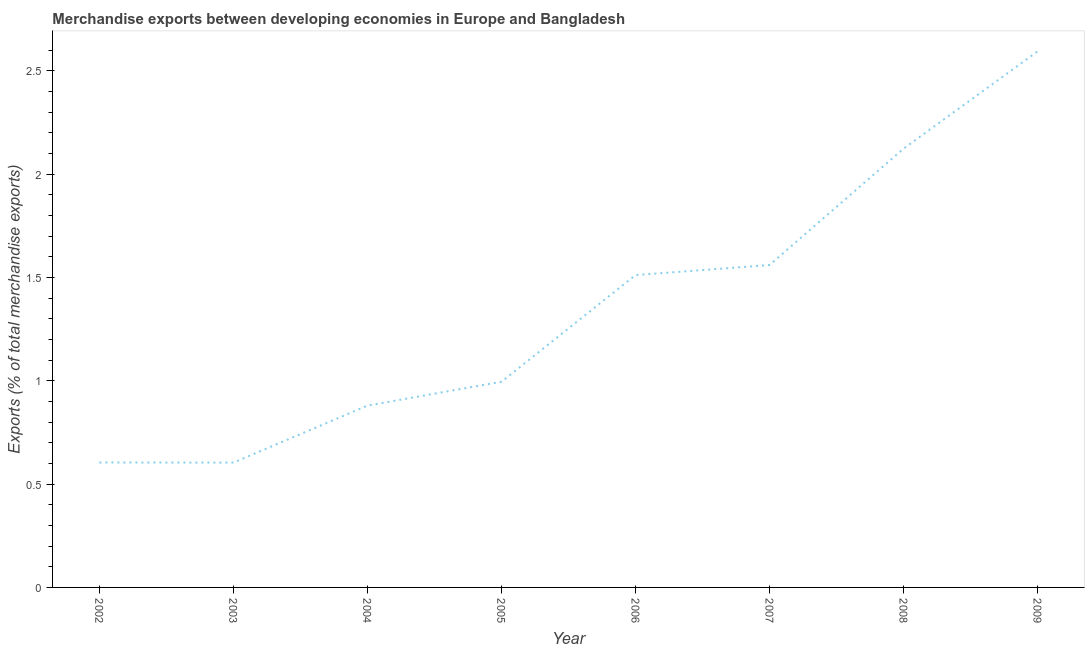
| Year | Merchandise Exports |
 | --- | --- |
 | 2002 | 0.605 |
 | 2003 | 0.604 |
 | 2004 | 0.88 |
 | 2005 | 0.996 |
 | 2006 | 1.51 |
 | 2007 | 1.56 |
 | 2008 | 2.12 |
 | 2009 | 2.59 |